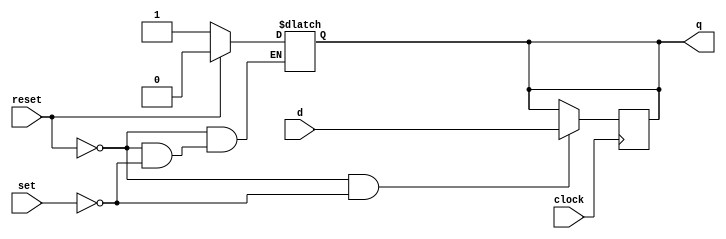
module D_Flip_Flop (
    output reg q,
    input wire d,
    input wire clock, reset, set
);

    reg q_d;

    initial begin
        q = 1'b0;
        q_d = 1'b1;
    end

    always @ (posedge clock)
    begin
        
        if(~reset && ~set)
        begin
            q <= d;
            q_d <= ~d;
        end
    end

    always @* begin
        if(reset) 
        begin
            q = 1'b0;
        end
        else if (set) begin
            q = 1'b1;
        end
    end
    
endmodule